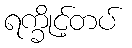
ရက္ခိုင့်တပ်